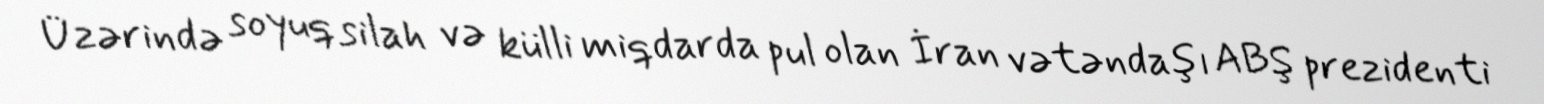
Üzərində soyuq silah və külli miqdarda pul olan İran vətəndaşı ABŞ prezidenti